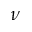
\nu